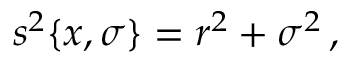
s ^ { 2 } \{ x , \sigma \} = r ^ { 2 } + \sigma ^ { 2 } \, ,